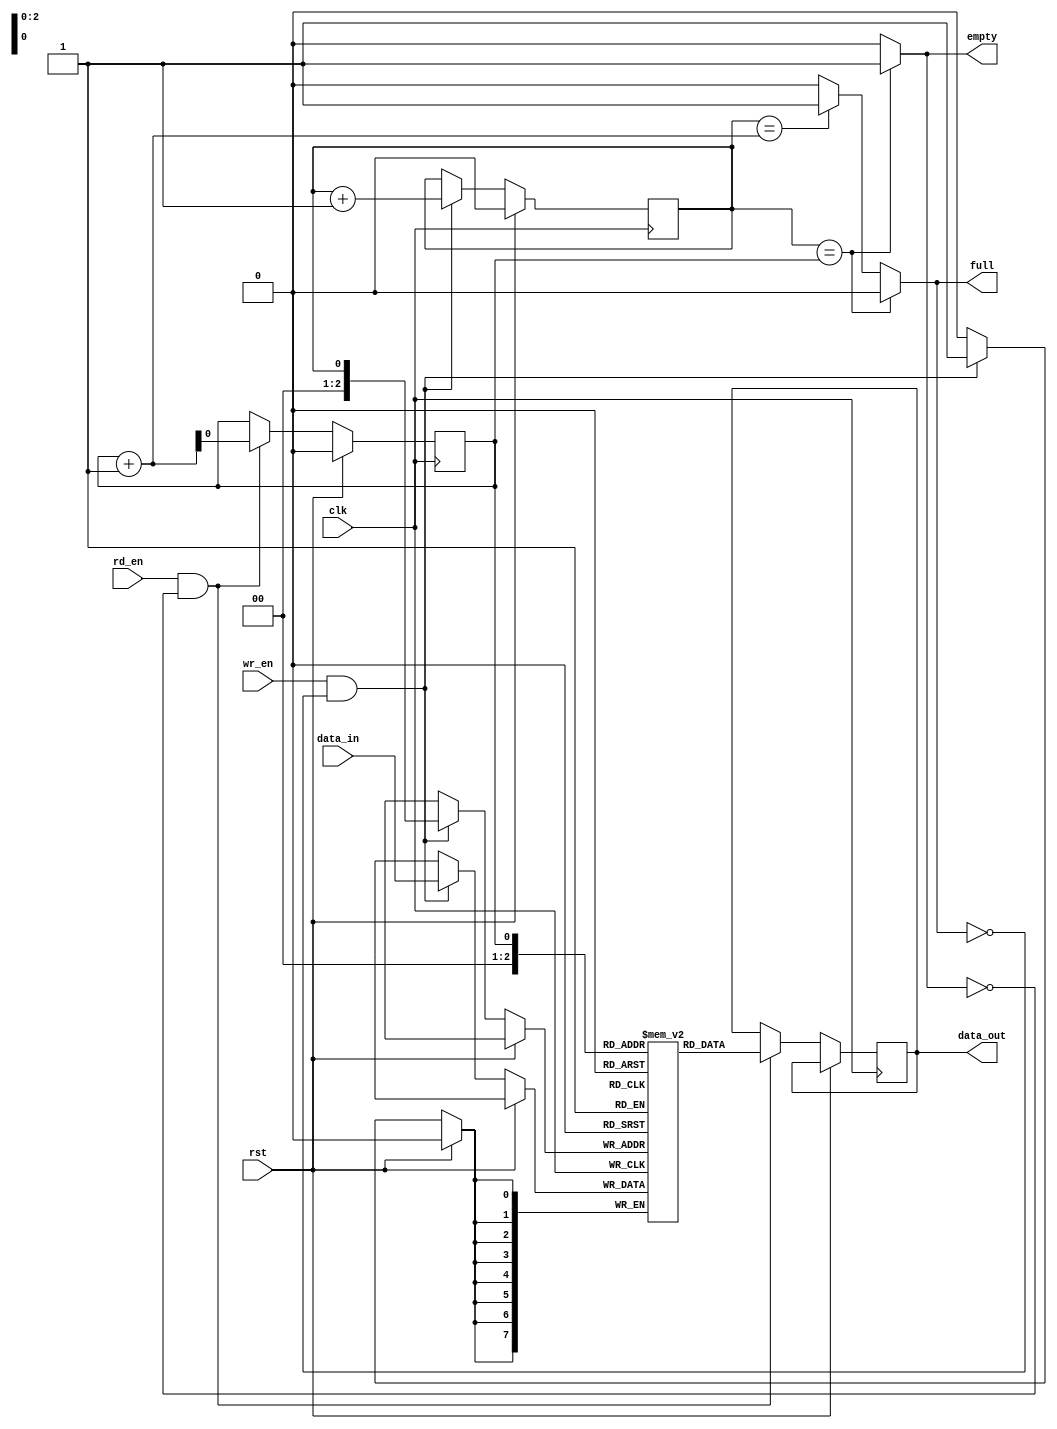
module synchronous_fifo (
  input wire clk,
  input wire rst,
  input wire wr_en,
  input wire rd_en,
  input wire [7:0] data_in,
  output reg [7:0] data_out,
  output reg empty,
  output reg full
);

// Parameters
parameter DEPTH = 8;

// Internal signals
reg [7:0] fifo_mem [0:DEPTH-1];
reg wr_ptr = 0;
reg rd_ptr = 0;

// Write logic
always @(posedge clk) begin
  if (rst) begin
    wr_ptr <= 0;
  end else if (wr_en && !full) begin
    fifo_mem[wr_ptr] <= data_in;
    wr_ptr <= wr_ptr + 1;
    if (wr_ptr == DEPTH-1) begin
      wr_ptr <= 0;
    end
  end
end

// Read logic
always @(posedge clk) begin
  if (rst) begin
    rd_ptr <= 0;
  end else if (rd_en && !empty) begin
    data_out <= fifo_mem[rd_ptr];
    rd_ptr <= rd_ptr + 1;
    if (rd_ptr == DEPTH-1) begin
      rd_ptr <= 0;
    end
  end
end

// FIFO status
always @* begin
  if (wr_ptr == rd_ptr) begin
    empty = 1;
    full = 0;
  end else if ((wr_ptr == rd_ptr + 1) || (wr_ptr == 0 && rd_ptr == DEPTH-1)) begin
    empty = 0;
    full = 1;
  end else begin
    empty = 0;
    full = 0;
  end
end

endmodule